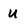
Character: U